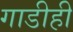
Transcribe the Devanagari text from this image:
गाडीही